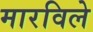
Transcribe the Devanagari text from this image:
मारविले